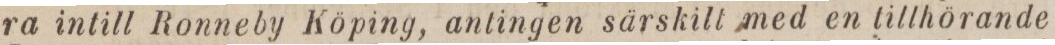
ra intill Ronneby Köping, antingen särskilt med en tillhörande